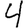
Digit: 4